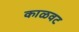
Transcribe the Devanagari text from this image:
काळवट